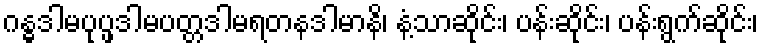
ဂန္ဓဒါမပုပ္ဖဒါမပတ္တဒါမရတနဒါမာနိ၊ နံ့သာဆိုင်း၊ ပန်းဆိုင်း၊ ပန်းရွက်ဆိုင်း၊